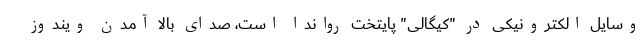
وسایل الکترونیکی در "کیگالی" پایتخت رواندا است، صدای بالا آمدن ویندوز